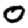
Digit: 0